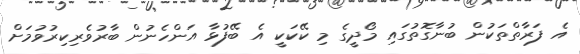
އެ ފަރާތްތަކުން ބުނާގޮތުގައި މޯދީގެ މި ކޭކަކީ އެ ބޭފުޅާ އަންހެނުން ބާރުވެރިކިރުވުމަށް